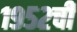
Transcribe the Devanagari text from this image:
१९५२ची